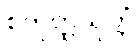
စတုတ္ထသုတ္တံ